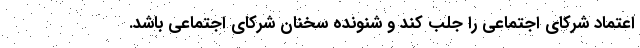
اعتماد شرکای اجتماعی را جلب کند و شنونده سخنان شرکای اجتماعی باشد.